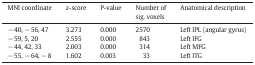
| MNI coordinate | z-score | P-value | Number of sig. voxels | Anatomical description |
 | --- | --- | --- | --- | --- |
 | − 40, − 56, 47 | 3.273 | 0.000 | 2570 | Left IPL (angular gyrus) |
 | − 59, 5, 20 | 2.555 | 0.000 | 843 | Left IFG |
 | − 44, 42, 33 | 2.003 | 0.000 | 314 | Left MFG |
 | − 55, − 64, − 8 | 1.602 | 0.003 | 33 | Left ITG |